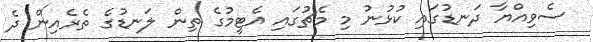
ސެވިއްޔާ ދަނޑުގައި ކުޅުނު މި މެޗުގައި އެޓީމުގެ ތިން ލަނޑުގެ ތެެރެއިން ދެ